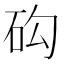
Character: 𥐾